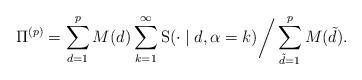
LaTeX: \begin{align*}\Pi^{(p)}=\sum_{d=1}^{p}M(d) \sum_{k=1}^{\infty} \mathrm{S}(\cdot\mid d, \alpha=k)\bigg{/} \sum_{\tilde{d}=1}^{p}M(\tilde{d}).\end{align*}